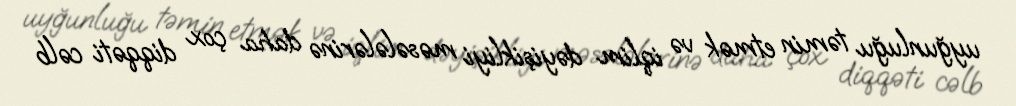
uyğunluğu təmin etmək və iqlim dəyişikliyi məsələlərinə daha çox diqqəti cəlb